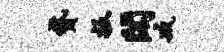
贷扳阁臧